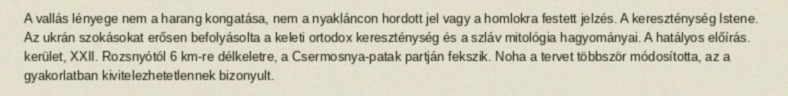
A vallás lényege nem a harang kongatása, nem a nyakláncon hordott jel vagy a homlokra festett jelzés. A kereszténység Istene. Az ukrán szokásokat erősen befolyásolta a keleti ortodox kereszténység és a szláv mitológia hagyományai. A hatályos előírás. kerület, XXII. Rozsnyótól 6 km-re délkeletre, a Csermosnya-patak partján fekszik. Noha a tervet többször módosította, az a gyakorlatban kivitelezhetetlennek bizonyult.